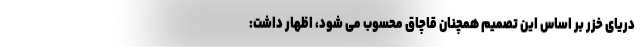
دریای خزر بر اساس این تصمیم همچنان قاچاق محسوب می شود، اظهار داشت: